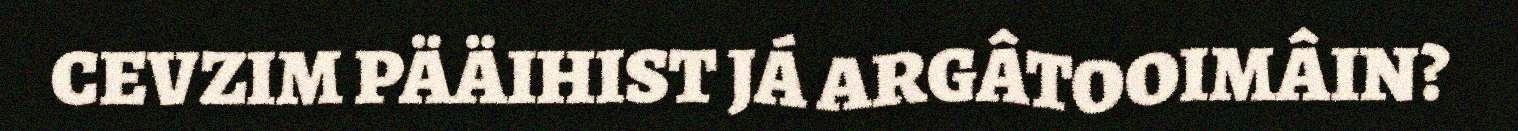
CEVZIM PÄÄIHIST JÁ ARGÂTOOIMÂIN?